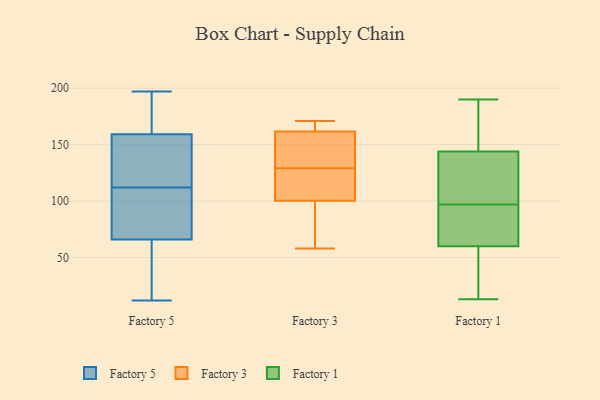
{"axis": {"x": "Tickets Resolved", "y": "Value"}, "legend": ["Factory 1", "Factory 3", "Factory 5"], "data": [{"x": "", "y": 129, "type": "Factory 5"}, {"x": "", "y": 157, "type": "Factory 5"}, {"x": "", "y": 189, "type": "Factory 5"}, {"x": "", "y": 179, "type": "Factory 5"}, {"x": "", "y": 148, "type": "Factory 5"}, {"x": "", "y": 197, "type": "Factory 5"}, {"x": "", "y": 160, "type": "Factory 5"}, {"x": "", "y": 101, "type": "Factory 5"}, {"x": "", "y": 64, "type": "Factory 5"}, {"x": "", "y": 47, "type": "Factory 5"}, {"x": "", "y": 12, "type": "Factory 5"}, {"x": "", "y": 36, "type": "Factory 5"}, {"x": "", "y": 112, "type": "Factory 5"}, {"x": "", "y": 72, "type": "Factory 5"}, {"x": "", "y": 100, "type": "Factory 5"}, {"x": "", "y": 151, "type": "Factory 3"}, {"x": "", "y": 58, "type": "Factory 3"}, {"x": "", "y": 171, "type": "Factory 3"}, {"x": "", "y": 103, "type": "Factory 3"}, {"x": "", "y": 160, "type": "Factory 3"}, {"x": "", "y": 74, "type": "Factory 3"}, {"x": "", "y": 129, "type": "Factory 3"}, {"x": "", "y": 92, "type": "Factory 3"}, {"x": "", "y": 129, "type": "Factory 3"}, {"x": "", "y": 124, "type": "Factory 3"}, {"x": "", "y": 167, "type": "Factory 3"}, {"x": "", "y": 168, "type": "Factory 3"}, {"x": "", "y": 112, "type": "Factory 3"}, {"x": "", "y": 33, "type": "Factory 1"}, {"x": "", "y": 190, "type": "Factory 1"}, {"x": "", "y": 43, "type": "Factory 1"}, {"x": "", "y": 82, "type": "Factory 1"}, {"x": "", "y": 144, "type": "Factory 1"}, {"x": "", "y": 58, "type": "Factory 1"}, {"x": "", "y": 137, "type": "Factory 1"}, {"x": "", "y": 105, "type": "Factory 1"}, {"x": "", "y": 161, "type": "Factory 1"}, {"x": "", "y": 136, "type": "Factory 1"}, {"x": "", "y": 62, "type": "Factory 1"}, {"x": "", "y": 13, "type": "Factory 1"}, {"x": "", "y": 34, "type": "Factory 1"}, {"x": "", "y": 67, "type": "Factory 1"}, {"x": "", "y": 131, "type": "Factory 1"}, {"x": "", "y": 148, "type": "Factory 1"}, {"x": "", "y": 144, "type": "Factory 1"}, {"x": "", "y": 89, "type": "Factory 1"}, {"x": "", "y": 146, "type": "Factory 1"}, {"x": "", "y": 80, "type": "Factory 1"}]}